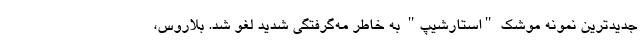
جدیدترین نمونه موشک "استارشیپ" به خاطر مه‌گرفتگی شدید لغو شد. بلاروس،